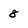
Character: 8